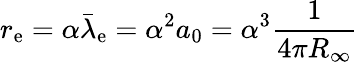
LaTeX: r_{\mathrm{e}}=\alpha{\bar{\lambda}}_{\mathrm{e}}=\alpha^{2}a_{0}=\alpha^{3}{\frac{1}{4\pi R_{\infty}}}